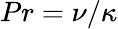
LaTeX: Pr=\nu/\kappa